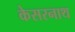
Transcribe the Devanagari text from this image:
केसरनाथ